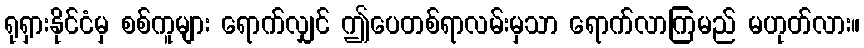
ရုရှားနိုင်ငံမှ စစ်ကူများ ရောက်လျှင် ဤပေတစ်ရာလမ်းမှသာ ရောက်လာကြမည် မဟုတ်လား။